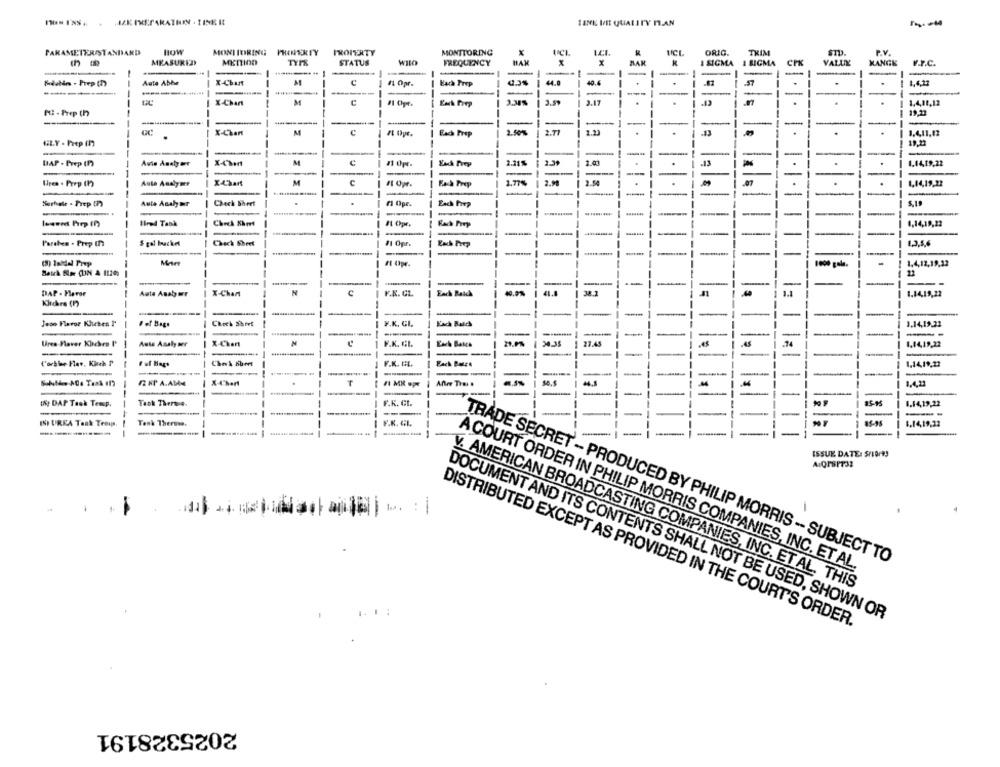
NON I'NS ...
JAK PREPARATHEN . TINK IL
TANK MIT QUALITY HAN
PARAMETER/STANDARD
HOW
MONITORING
PROPERTY
MONITORING
X
UCL
ORIG.
TXIM
P.V.
MEASURED
MEDIOD
TYPE
STATUS
WILO
FREQUENCY
HAM
R
I SIGMA I SIGMA
CPK
VALLIN
KANGK
V.P.C.
-
-
-
Aute Abba
X-Chant
M
C
1 Ogr.
Kach Prep
14.8
40.4
.57
1,4,23
-----
-
-
-
| X Chart
--
----
M
Kack Prep
3.5%
3.17
1.4,11,12
Att . Prep (h)
--
-
19,22
--
------
-
-
-
XChant
M
1.50%
1.411,13
-
Each Prep
----
---
UL.Y - Prep (1)
--
19,22
---
----
X-Chant
M
-
2.21%
2.39
1.01
.13
1.1419,22
UAP . Prep (P)
Awie Analy are
--
-----
---
--
.
-
-
-
-
-
Ures . Prep (1)
Aute Analyser
M
Zach Prep
1.77%
1,14,19,22
--
-
--
-
Serhate . Prep (7)
Auta Analar
Check Sheet
₼ Ope.
--
Each Frep
-
--
-
---
Ilred Tank
Rach Prep
--
8,14,19,22
-
-
-
--
--
Paraben - Prep In
$ gal bracket
Check Sheet
--
/1 Opr.
Each Prep
1,3,5,6
-
-
-
--.
Mart
1,4,12,19,33
(8) labdel Prop
# Opr.
--
--
--------
-
-
-
-
--
-
DAP - Flavor
Aute Asab ur
N
Each Batch
38.1
1
1.14,19,12
X-Chant
F.K. GL
1.1
-
Klidkere (1)
---
-
-
Jose Flavor Klubes I'
Chock Sheet
J.K. CI.
Each Bales
1.14,19,21
---
---
-
-
---
Ures Faver Kuchen I'
Auto Analy ser
X-Chart
N
F.K. CL
21.0%
21.45
.74
1.14,19,22
-
--
-
---
------
Corthe Flav, Kisch P
F.K. CL.
Each Bases
-
1,14,19,22
-
R KP A.AMM
.
T
1.4,22
-
--------
IS, DAP Task Temsp.
-
Tack There.
-
F.K. Gt.
---
15-95
1.14,19,22
-
-
-
(S) UREA Taak Teoups
Tenk Therswe.
-
--
F.K. CL
---
4.14,19,13
-
-
--
-
-----
ISSUE DATE: $/Or ?!
TRADE SECRET - PRODUCED BY PHILIP MORRIS - SUBJECT TO
A COURT ORDER IN PHILIP MORRIS COMPANIES, INC. ET AL.
V. AMERICAN BROADCASTING COMPANIES, INC. ET AL. THIS
DOCUMENT AND ITS CONTENTS SHALL NOT BE USED, SHOWN OR
DISTRIBUTED EXCEPT AS PROVIDED IN THE COURT'S ORDER.
2025328191